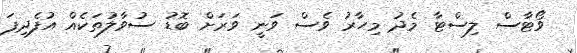
ވޯޓާސް ލިސްޓާ މެދު މިހާރު ވެސް ވަނީ ވަރަށް ބޮޑު ސުވާލުތަކެއް އުފެދިފަ